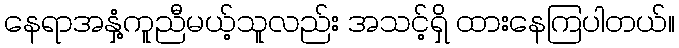
နေရာအနှံ့ကူညီမယ့်သူလည်း အသင့်ရှိ ထားနေကြပါတယ်။